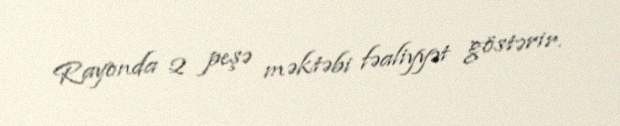
Rayonda 2 peşə məktəbi fəaliyyət göstərir.